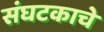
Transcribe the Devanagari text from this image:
संघटकाचे